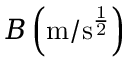
B \left( \mathrm { m / s ^ { \frac { 1 } { 2 } } } \right)